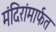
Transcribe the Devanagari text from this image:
मंदिरांमार्फत